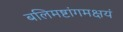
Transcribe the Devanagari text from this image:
बलिमष्टांगमक्षयं